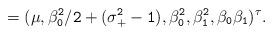
LaTeX: \begin{align*}\tt = (\mu, \beta_0^2/2 + (\sigma_+^2 -1), \beta_0^2, \beta_1^2, \beta_0 \beta_1)^\tau.\end{align*}